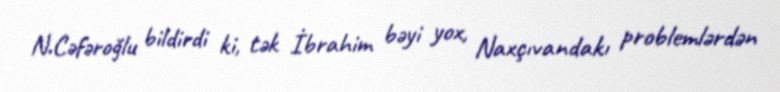
N.Cəfəroğlu bildirdi ki, tək İbrahim bəyi yox, Naxçıvandakı problemlərdən